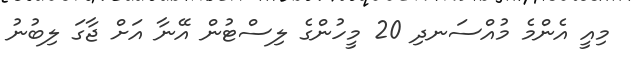
މިއީ އެންމެ މުއްސަނދި 20 މީހުންގެ ލިސްޓުން އޭނާ އަށް ޖާގަ ލިބުނު